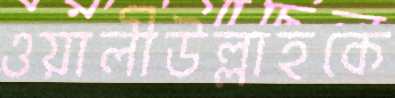
ওয়ালীউল্লাহকে